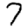
Digit: 7